Document type: Sale
Year: 1274
Scribe: [Unknown]
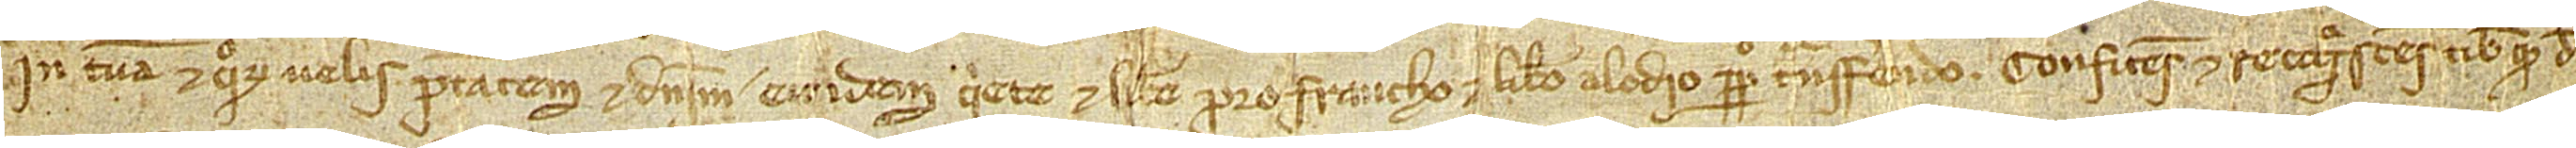
in tuam et quorum velis potestatem et dominium eandem quiete et libere pro francho et libero alodio perpetuo transferendo. Confitens et recognoscens tibi quod de